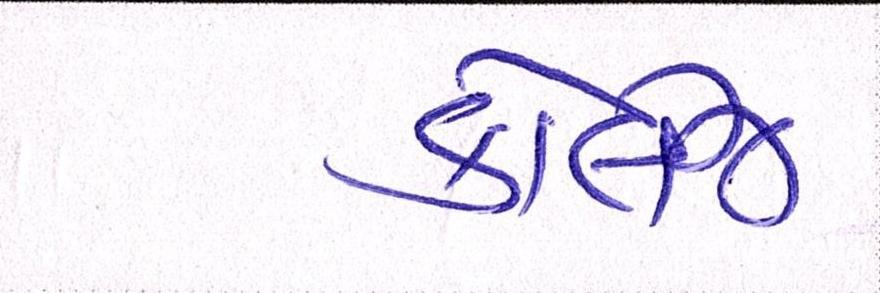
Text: કોલેજ